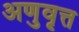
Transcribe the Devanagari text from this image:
अणुवृत्त